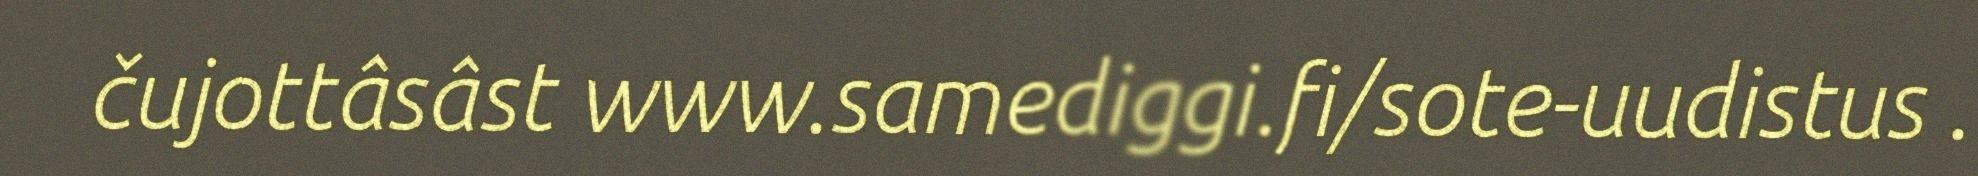
čujottâsâst www.samediggi.fi/sote-uudistus .